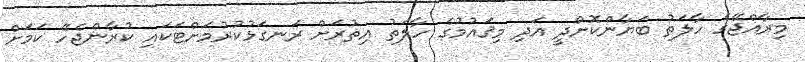
މިރާއްޖޭގެ ހާލަތު ބަޔާންކޮށްދީ އަދި މިޤައުމުގެ ހާލަތު އިތުރަށް ރަނގަޅުކުރުމަށްޓަކައި ކުރާންޖެހޭ ކަމަށް